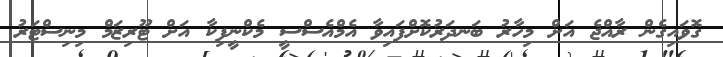
ގޮވައިގެން ރާއްޖެ އަށް މިހާރު ބަނދަރުކޮށްފައިވާ އެމްއެސްސީ މެކްނީފިކާ އަށް ޓޫރިޒަމް މިނިސްޓަރު